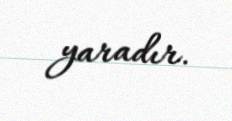
yaradır.